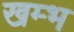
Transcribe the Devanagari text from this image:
खम्‍भ